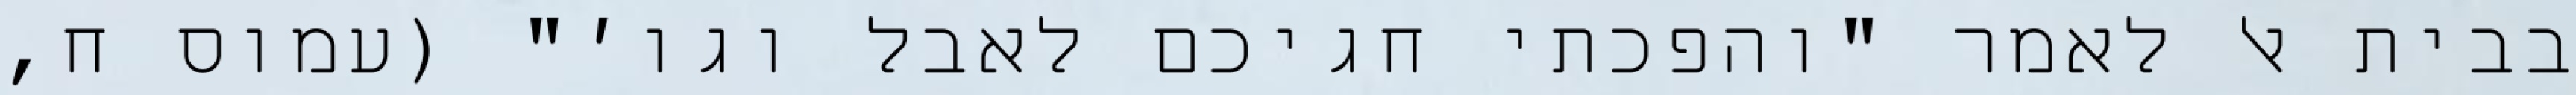
בבית אל לאמר "והפכתי חגיכם לאבל וגו׳" (עמוס ח,